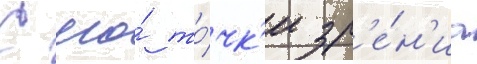
С его́ то́чк'и зр'е́н'иа